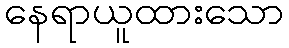
နေရာယူထားသော